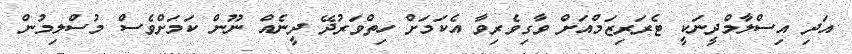
އަދި އިސްލާމްދީނަކީ ޓެރަރިޒަމްއަށް ވާގިވެރިވާ އެކަމަށް ހިތްވަރުދޭ ދީނެއް ނޫން ކަމަށްވެސް މުސްލިމުން